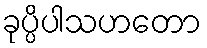
ခုပ္ပိပါသဟတော